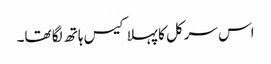
اس سرکل کا پہلا کیس ہاتھ لگا تھا۔